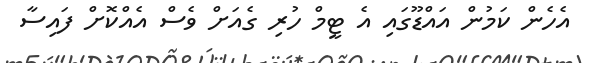
އެހެން ކަމުން އައްޑޫގައި އެ ޓީމް ހުރި ގެއަށް ވެސް އެއްކޮށް ފައިސާ